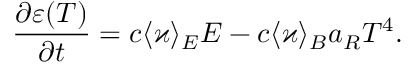
\frac { \partial \varepsilon ( T ) } { \partial t } = c \langle \varkappa \rangle _ { E } E - c \langle \varkappa \rangle _ { B } a _ { R } T ^ { 4 } .